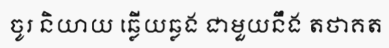
ចូរ និយាយ ឆ្លើយឆ្លង ជាមួយនឹង តថាគត